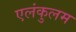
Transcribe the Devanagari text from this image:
एलंकुलम